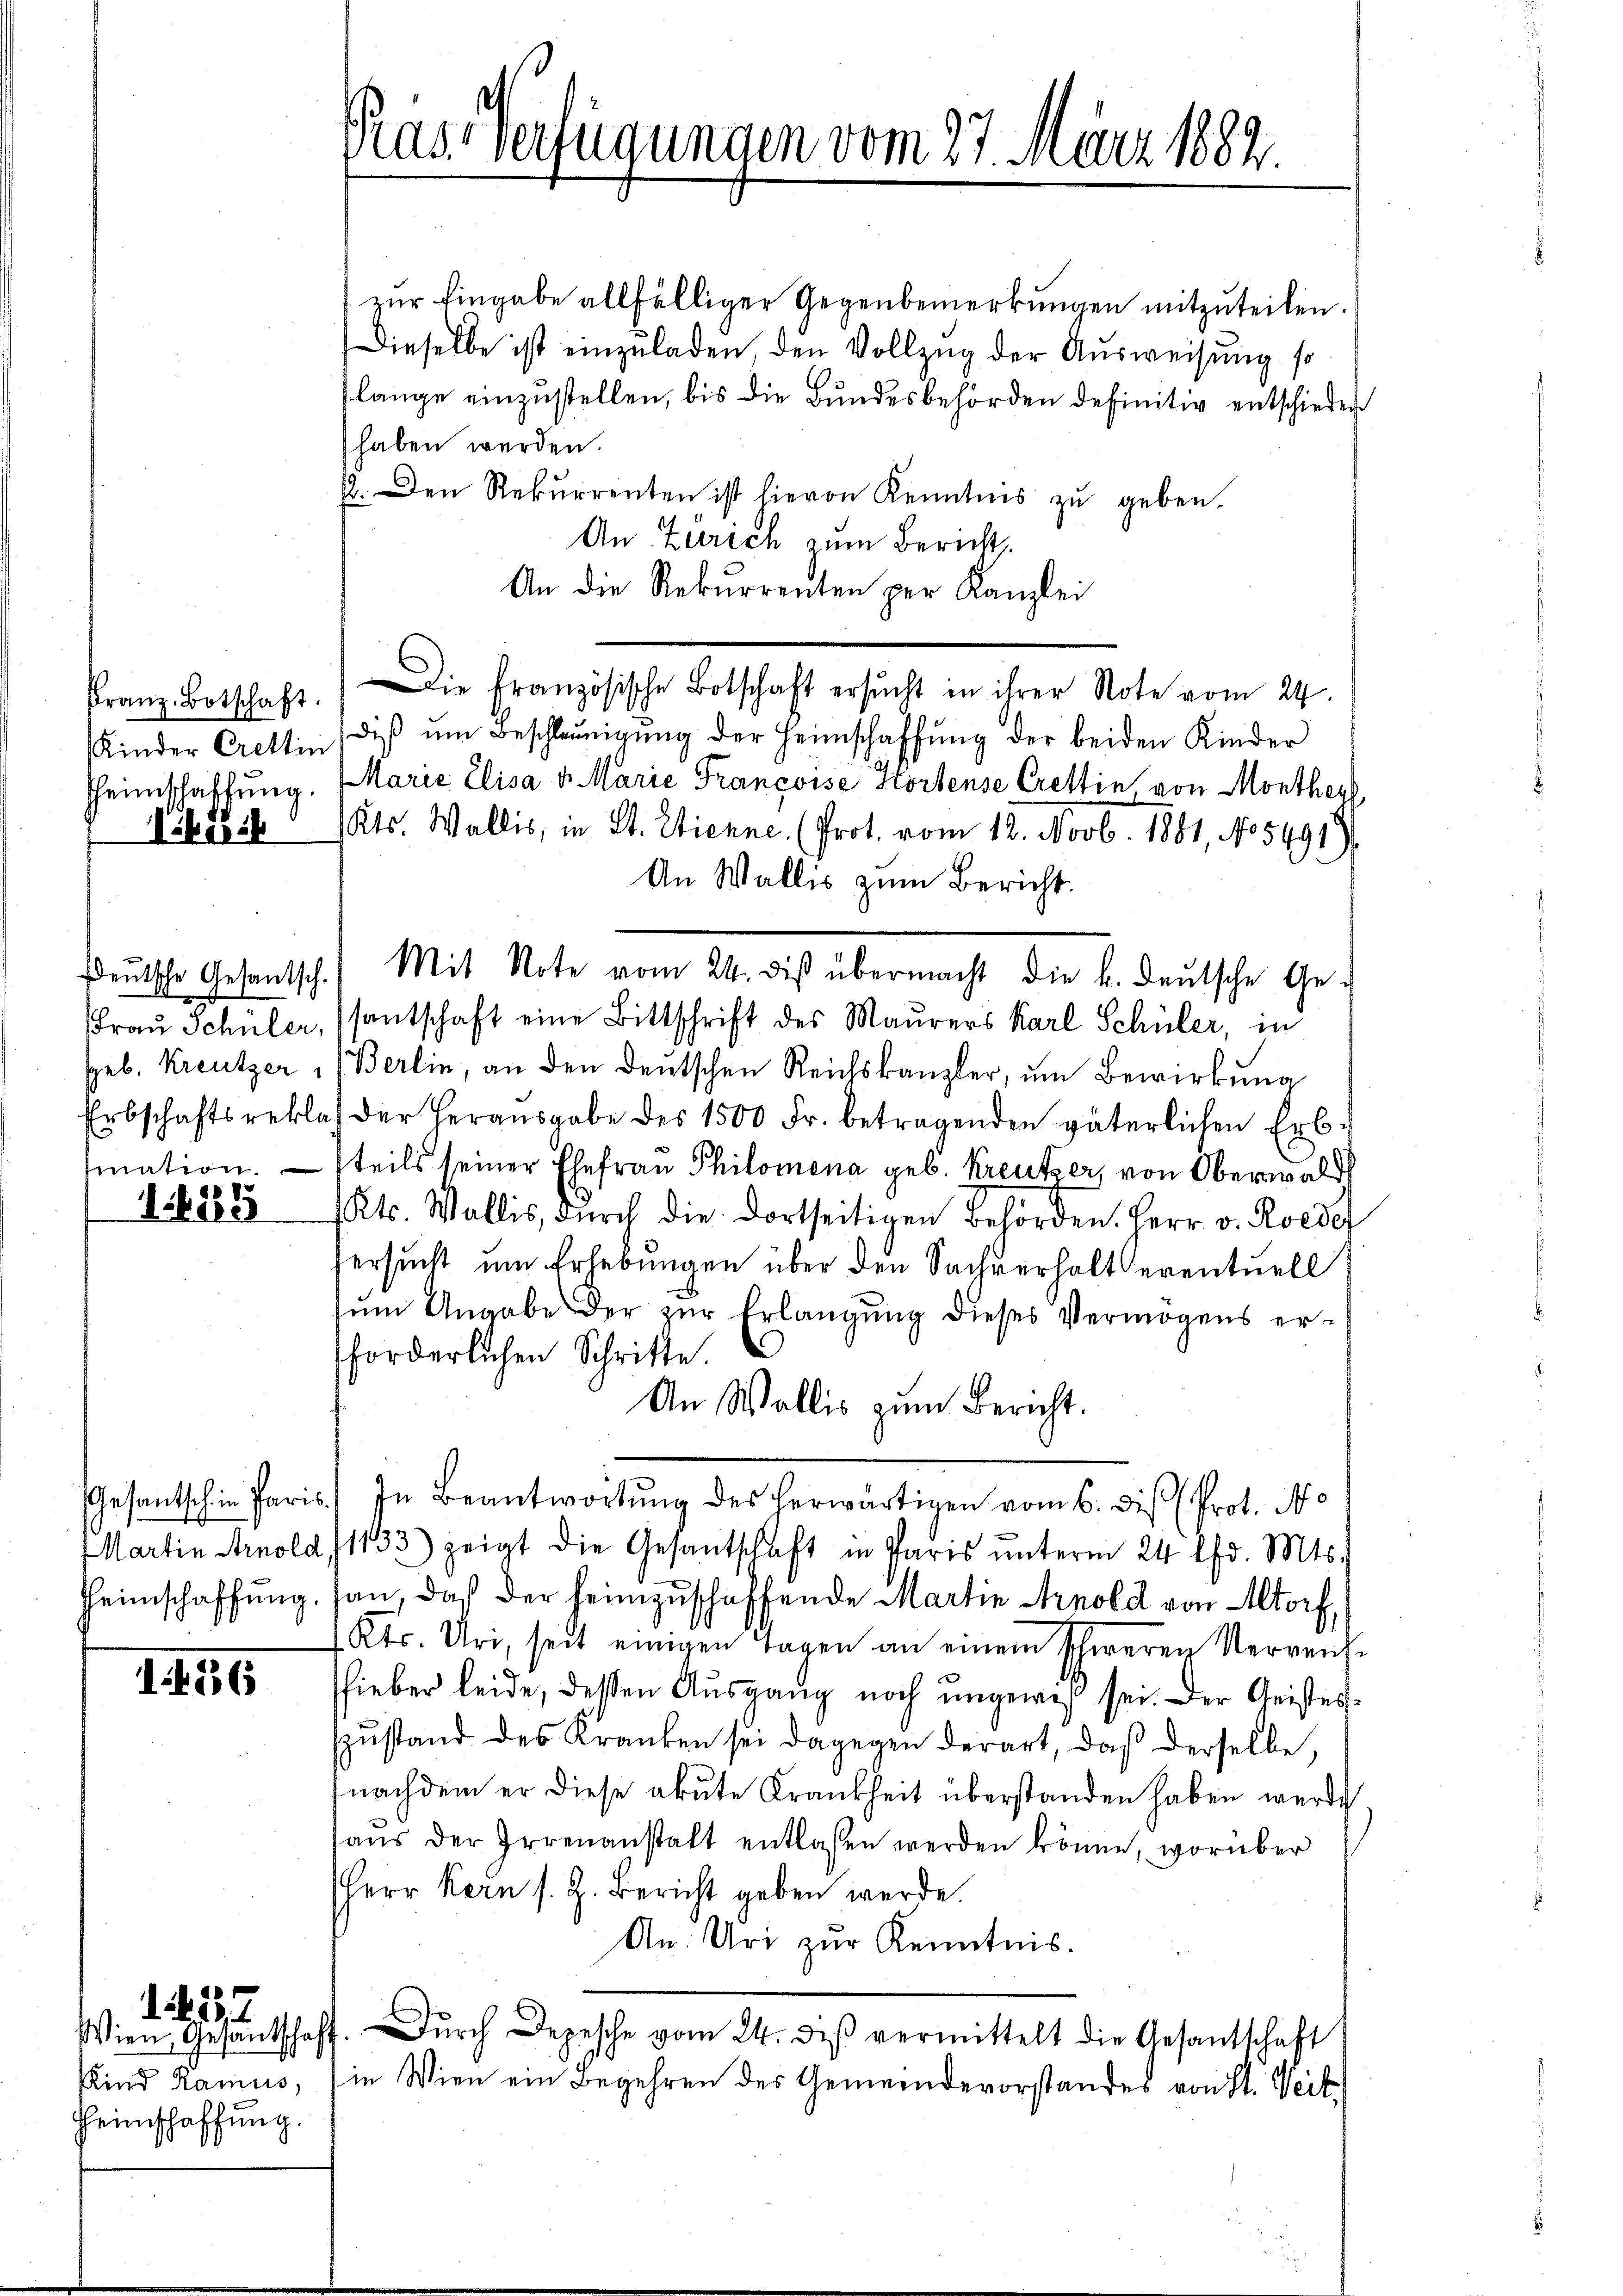
Franz Botschaft.
sbesch

16185

1156

zur Eingabe allfälliger Gegenbemerkungen mitzuteilen.
Dieselbe ist einzŭladen den Vollzug der Ausweisung so
lange einzustellen, bis die Bundesbehörden definitiv entschieder
haben werden.
1. Den Rekurrenten ist hievon Kenntnis zŭ geben.
An Zürich zum Bericht.
An die Rekurrenten per Kanzlei
Kinder Crettin (diβ ŭm Beschleunigŭng der Heimschaffŭng der beiden Kinder
heimschaffung. Marie Elisa v. Marie Francoise Kortense Crettin von Montheyl
Kts. Wallis, in St. Etienne. (Prot. vom 18. Novb. 1881, No 5491)
An Wallis zum Bericht.
Frau Schüler, (santschaft eine Bittschrift des Maurers Karl Schüler, in
Geb. Kreutzer (Berlin, an den deutschen Reichskanzler, um Bewirkung
Erbschaftsreklas der Heraŭsgabe des 1500 Fr. betragenden väterlichen Erb-
mation. — teils seiner Ehefrau Philomena geb. Kreutzer, von Oberwald
Kts. Wallis, durch die dortseitigen Behörden. Herr v. Roede
Versucht um Erhebungen über den Sachverhalt eventuell
zum Angabe der zur Erlangung dieses Vermögens erforderlichen Schritte
An Wallis zum Bericht.
Gesantsch in Paris. In Beantwortŭng des herwärtigen vom 6. die Prot. No
Martin Arnold, 11133) zeigt die Gesantschaft in Paris ŭnterm 24 lfd. Mts.
Heimschaffung, kan, daß der heimzuschaffende Martin Arnold von Altorf,
Kts. Uri, seit einigen Tagen an einem schweren Verreiche
fieber leide, dessen Ausgang noch ungewiß sei. Der Geisterzustand des Kranken sei dagegen derart, daß derselbe,
nachdem er diese akute Krankheit überstanden haben werde
aŭs der Irrenanstalt entlassen werden könne, worüber
Herr Kern s. Z. Bericht geben werde.
An: Uri zŭr Kenntnis.
Wien Gesantschaft. Dŭrch Depesche vom 24. deβ vermittelt die Gesantschaft
Kind Ramus, in Wien ein Begehren des Gemeindevorstandes von St. Weit

Heimschaffung.

d
21

Prassverfügungen vom 27. März 1882.

Die französische Botschaft ersucht in ihrer Note vom 24.

Deutsche Gesantsch.) Mit Note vom 24. die übermacht die k. deutsche Ge¬